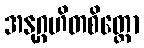
အနုဂ္ဂဟိတစိတ္တော